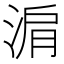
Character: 𬇽